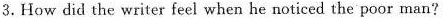
3.How did the writer feel when he noticed the poor man?